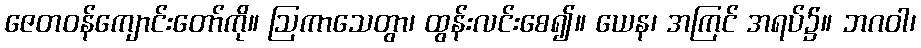
ဇေတဝန်ကျောင်းတော်ကို။ ဩကာသေတွာ၊ ထွန်းလင်းစေ၍။ ယေန၊ အကြင် အရပ်၌။ ဘဂဝါ၊